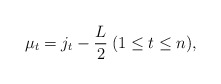
\begin{align*} \mu _t = j_t - \frac{L}{2} \medspace ( 1 \leq t \leq n ),\end{align*}